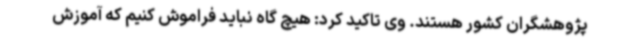
پژوهشگران کشور هستند. وی تاکید کرد: هیچ گاه نباید فراموش کنیم که آموزش